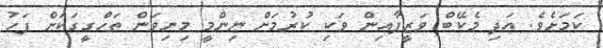
ކަމަށެވެ. އަދި މެކޭބް ވަޒީފާއިން ވަކި ކުރުމަށް ނިންމީ މިނިވަން ތަހްގީގަކަށް ފަހު